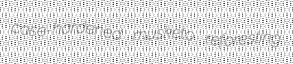
case-hardened musketo reforesting